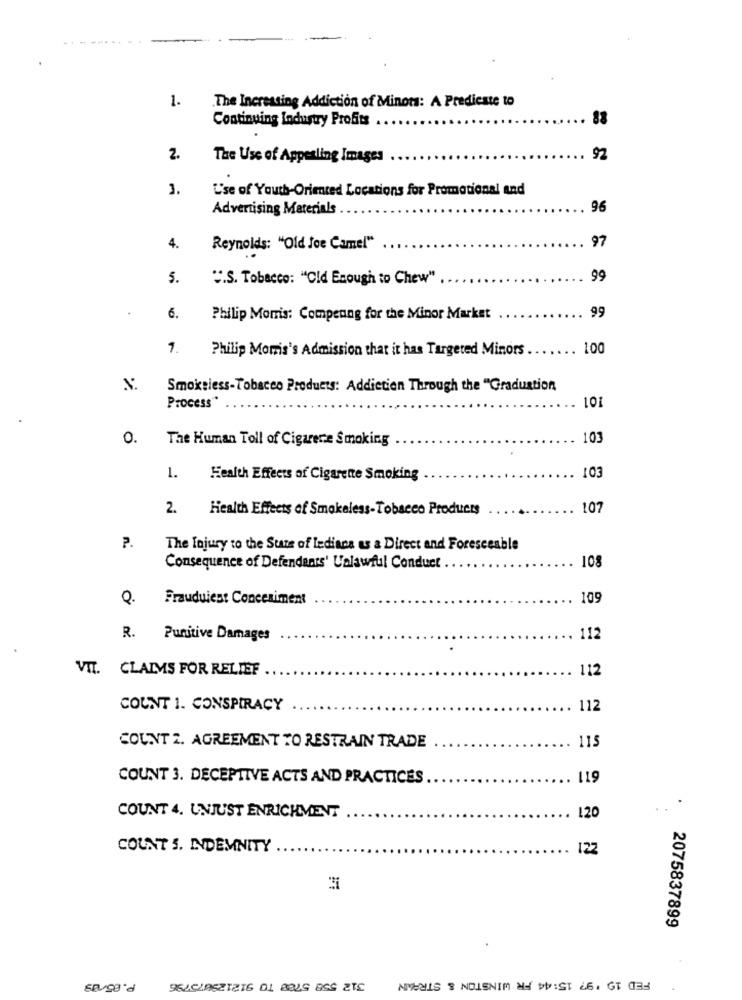
..---.
1.
.The Increasing Addiction of Minots: A Predicate to
Continuing Industry Profits
83
2.
The Use of Appealing Images
92
3.
L'se of Youth-Oriented Locations for Promotional and
Advertising Materials
96
97
4.
Reynolds: "Old Joe Camel"
5.
".S. Tobacco: "Old Enough to Chew"
99
99
6.
Philip Morris: Compenng for the Minor Market
7.
Philip Morris's Admission that it has Targeted Minors
100
N.
Smokeless-Tobacco Products: Addiction Through the "Graduation
Process **
101
O.
The Human Toll of Cigarere Smoking
103
1.
Health Effects of Cigarette Smoking
103
2.
Health Effects of Smokeless-Tobacco Products
107
P.
The Injury to the State of ledians as a Direct and Foreseeable
Consequence of Defendants' Ualawful Conduct
108
Q.
Fraudulent Concesiment
109
R. Punitive Damages
112
.
VIT. CLAIMS FOR RELIEF
112
COUNT 1. CONSPIRACY
112
115
COUNT 2. AGREEMENT TO RESTRAIN TRADE
COUNT 3. DECEPTIVE ACTS AND PRACTICES
119
120
COUNT 4. UNJUST ENRICHMENT
COUNT S. INDEMNITY
122
2075837899
P.85/09
FED 19 '97 15:44 FR WINSTON & STRAWN